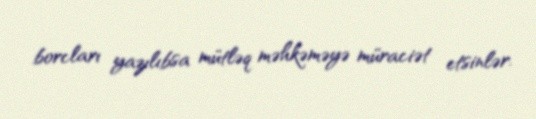
borcları yazılıbsa mütləq məhkəməyə müraciət etsinlər.